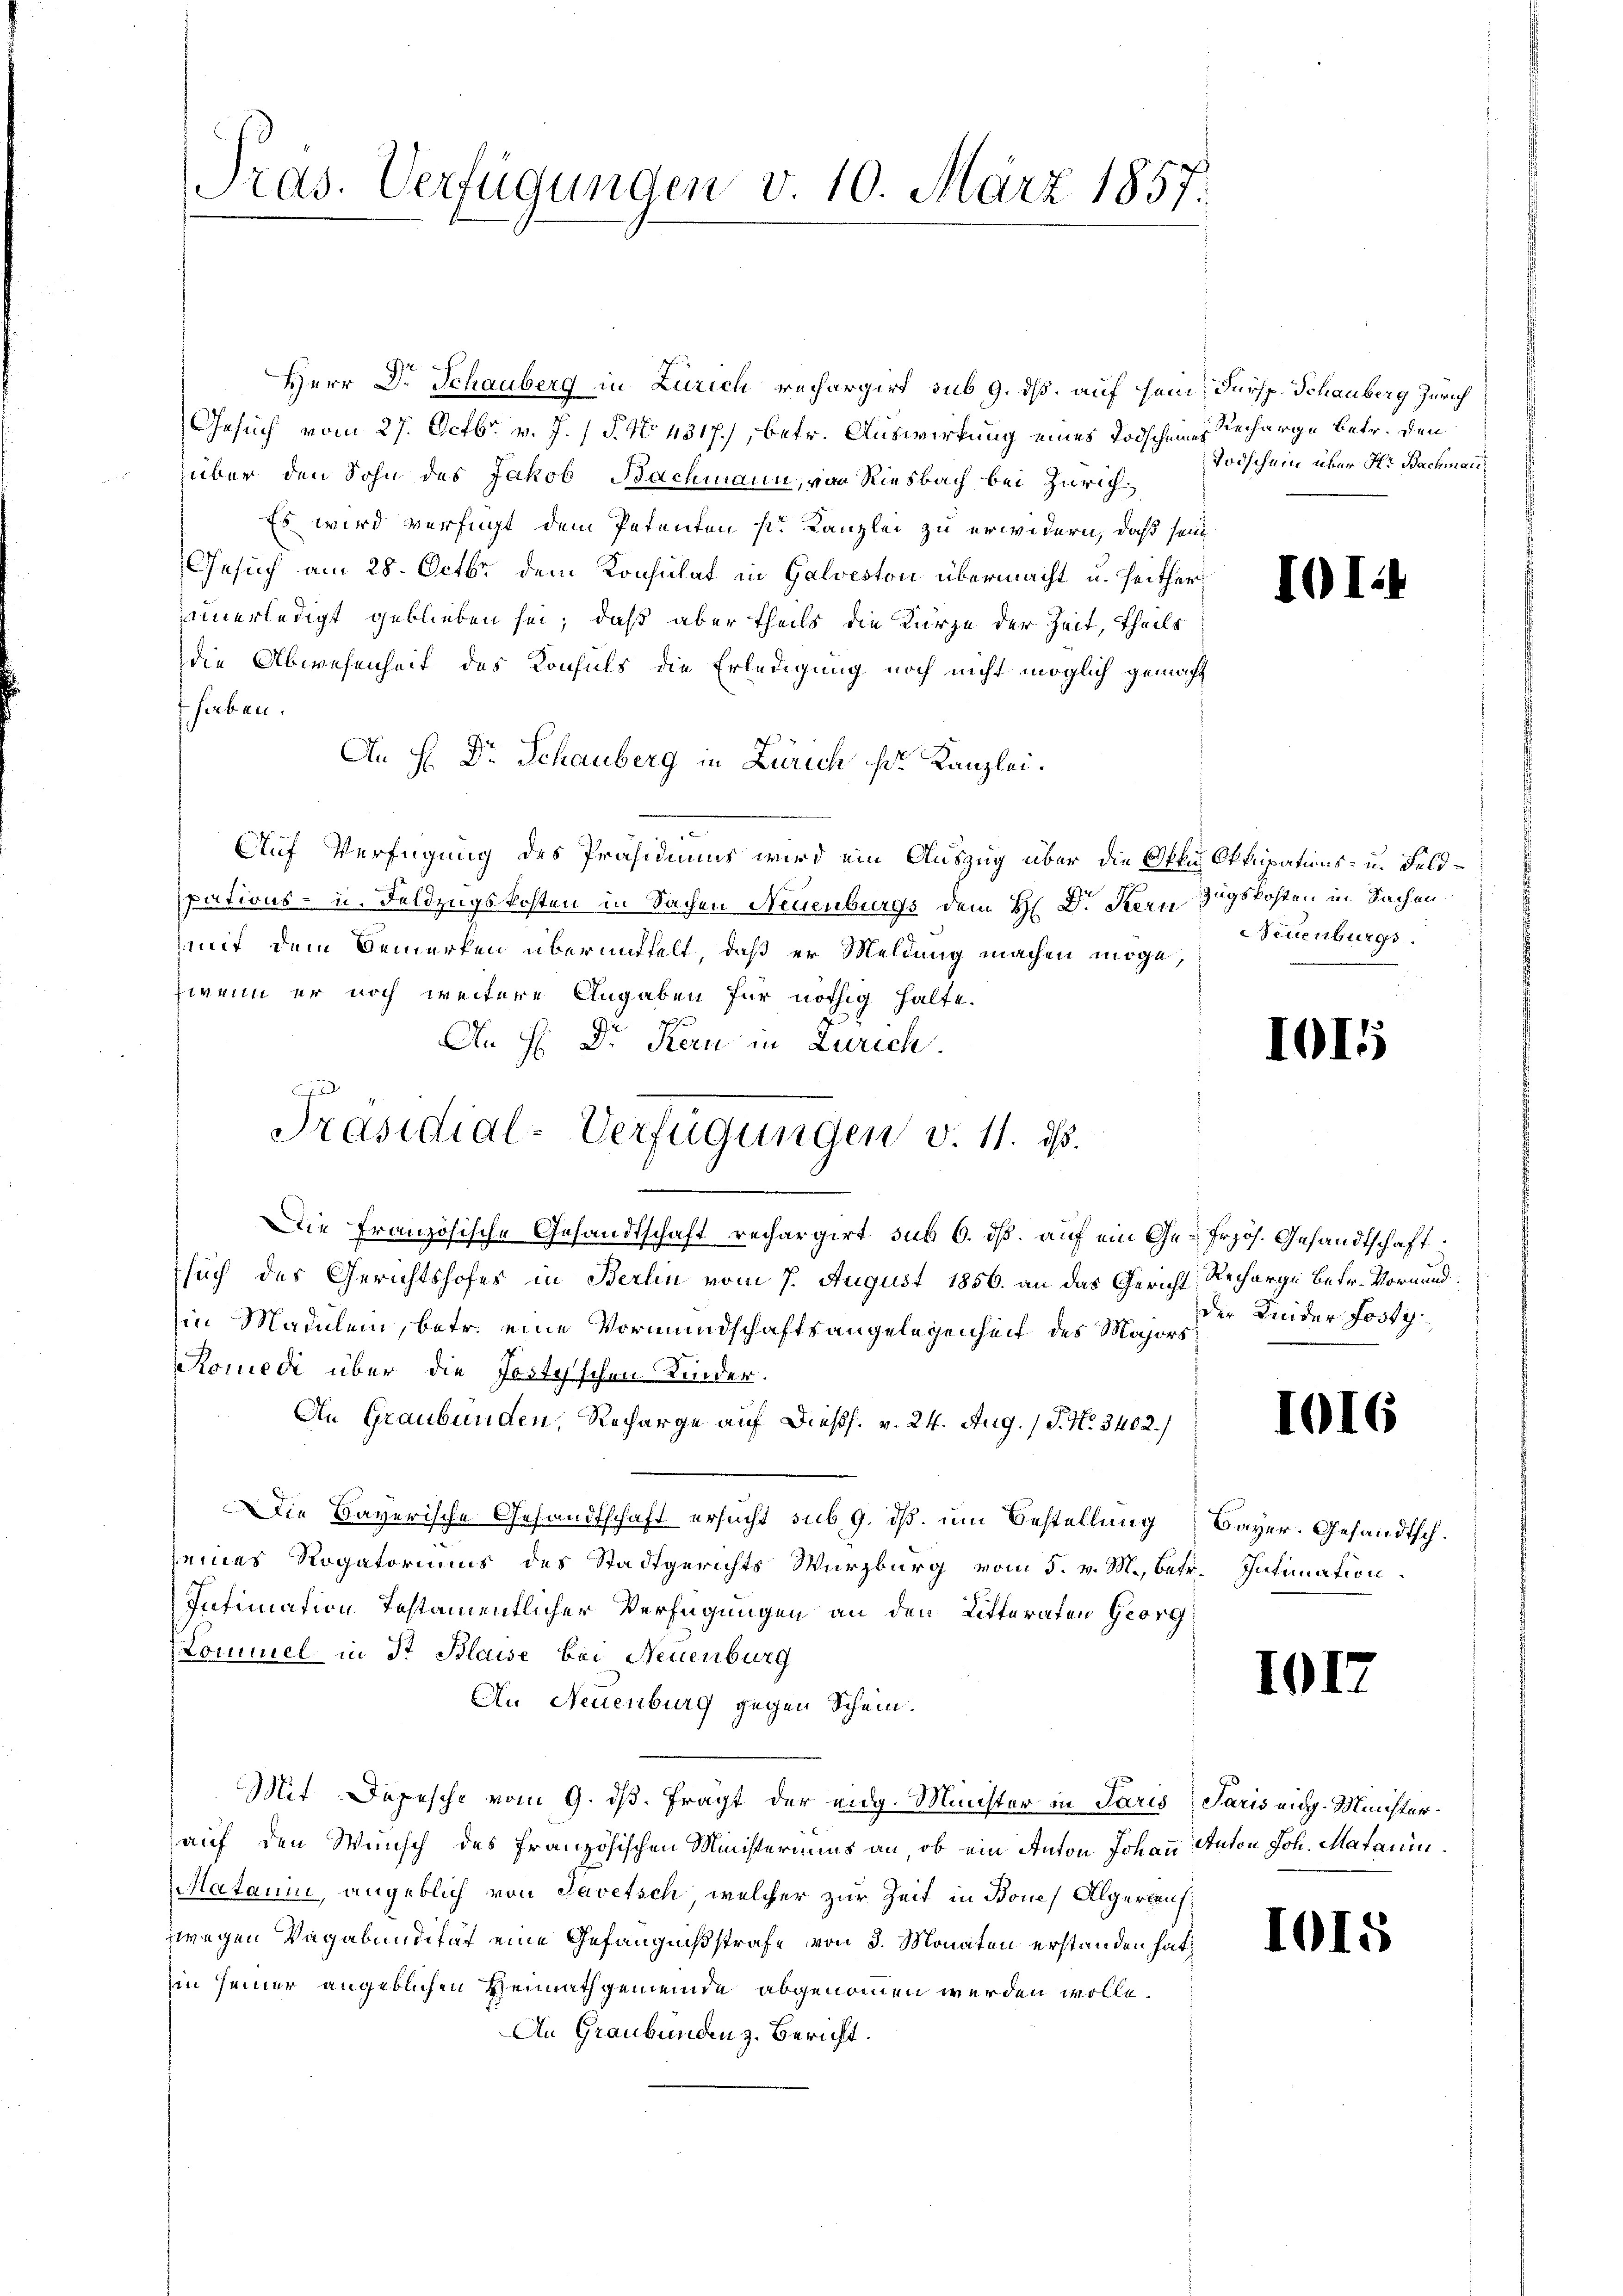
Pras. Verfügungen v. 10. März 1857.

Herr Dr. Schauberg in Zürich rechargirt sub 9. ds. auf sein, Fürsp. Schauberg Zürich
Gesuch vom 27. Octbr. v. J. / P. No. 4317), betr. Auswirkung eines Todscheines Recharge betr. den
über den Sohn des Jakob Bachmann, von Riesbach bei Zürich¬
Es wird verfügt dem Petenten s. Kanzlei zu erwidern, daß sein
Gesuch am 28. Octbr. dem Konsulat in Galveston übermacht u. seithernnerledigt geblieben sei, daß aber theils die Kürze der Zeit, theils
die Abwesenheit des Konsuls die Erledigung noch nicht möglich gemacht
haben.
An H. Dr. Schauberg in Zürich Hr. Kanzlei.
Auf Verfügung des Präsidiums wird ein Auszug über die Okku Okkupations- u. Feldpations- u. Feldzugskosten in Sachen Neuenburgs dem H. Dr. Seren Zugskosten in Sachen
mit dem Bemerken übermittelt, daß er Meldung machen möge,
zwenn er noch weitere Angaben für nöthig halte.
An H: Dr. Kern in Zürich.
Die Französische Gesandtschaft rechargirt sub 6. dß. auf ein Ge-Frzös. Gesandtschaft
such des Gerichtshofes in Berlin vom 7. August 1856. an das Gericht Recharge betr. Vormundin Maulen, betr. eine Vormundschaftsangelegenheit des Majors
Romedi über die Jestesschen Kinder.
An Graubünden, Recharge auf Diess. v. 24. Aug. / P. Nr. 3402/
Die Bayerische Gesandtschaft ersucht sub 9. dß um Bestellung Bayer. Gesandtsch.
seines Rogatoriums des Stadtgerichts Würzburg vom 5. v. M., betr. Intimation
Intimation Testamentlicher Verfügungen an den Litteraten Georg
Commel in St. Blaise bei Neuenburg
An Neuenburg gegen Schein.
Mit Depesche vom 9. ds. fragt der eidg. Minister in Paris Paris eidg. Ministerauf den Wunsch des französischen Ministeriums an, ob ein Anton Johann Anton Joh. Matauin¬
Matanin, angeblich von Savetsch, welcher zur Zeit in Bone) Algerauszwegen Vagabundifet eine Gefängnißstrafe von 3. Monaten erstanden hat,
in seiner angeblichen Heimathgemeinde abgenommen werden wolle.
An Graubünden z. Bericht.

Präsidial-Verfügungen d. 11. d.

Todschein über Hr. Bachman

euenburgs

der Kinder Josty

101

10

I01.)

1016

101